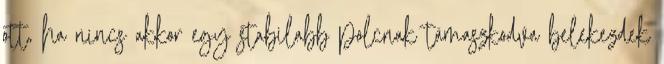
ott, ha nincs akkor egy stabilabb polcnak támaszkodva belekezdek